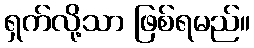
ရှက်လို့သာ ဖြစ်ရမည်။